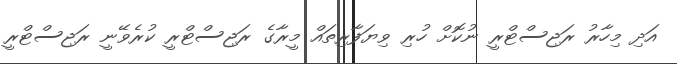
އަދި މިހާރު ރަޖިސްޓްރީ ނުކޮށް ހުރި ވިޔަފާރިތައް މީރާގެ ރަޖިސްޓްރީ ކުރެވޭނީ ރަޖިސްޓްރީ